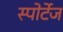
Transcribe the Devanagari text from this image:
स्पोर्टेज